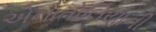
એનાતોલિયાની